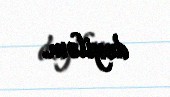
deyiləm.